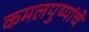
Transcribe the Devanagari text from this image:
कमलपुष्पांचे